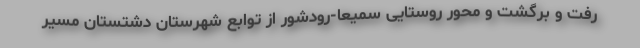
رفت و برگشت و محور روستایی سمیعا-رودشور از توابع شهرستان دشتستان مسیر